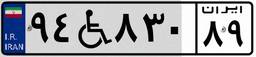
۹۴W۸۳۰۸۹